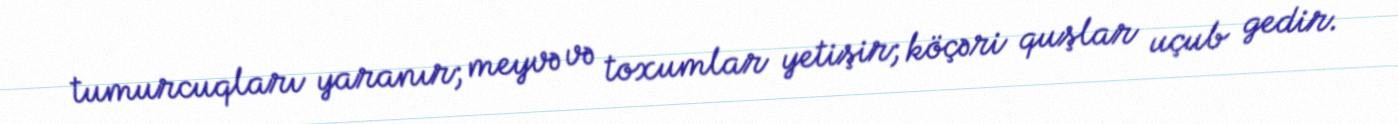
tumurcuqları yaranır; meyvə və toxumlar yetişir; köçəri quşlar uçub gedir.